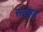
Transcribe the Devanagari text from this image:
सत्कृत